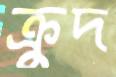
ক্রুদ